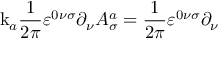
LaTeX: \mathrm { k } _ { a } \frac { 1 } { 2 \pi } \varepsilon ^ { 0 \nu \sigma } \partial _ { \nu } A _ { \sigma } ^ { a } = \frac { 1 } { 2 \pi } \varepsilon ^ { 0 \nu \sigma } \partial _ { \nu }